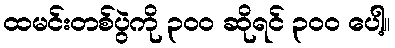
ထမင်းတစ်ပွဲကို ၃၀၀ ဆိုရင် ၃၀၀ ပေါ့။